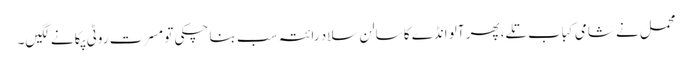
محمل نے شامی کباب تلے، پھر آلو انڈے کا سالن سلاد رائتہ سب بنا چکی تو مسرت روٹی پکانے لگیں۔